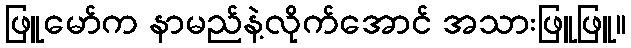
ဖြူမော်က နာမည်နဲ့လိုက်အောင် အသားဖြူဖြူ။